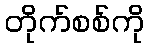
တိုက်စစ်ကို